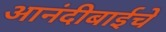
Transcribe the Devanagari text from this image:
आनंदीबाईचे